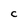
Character: C